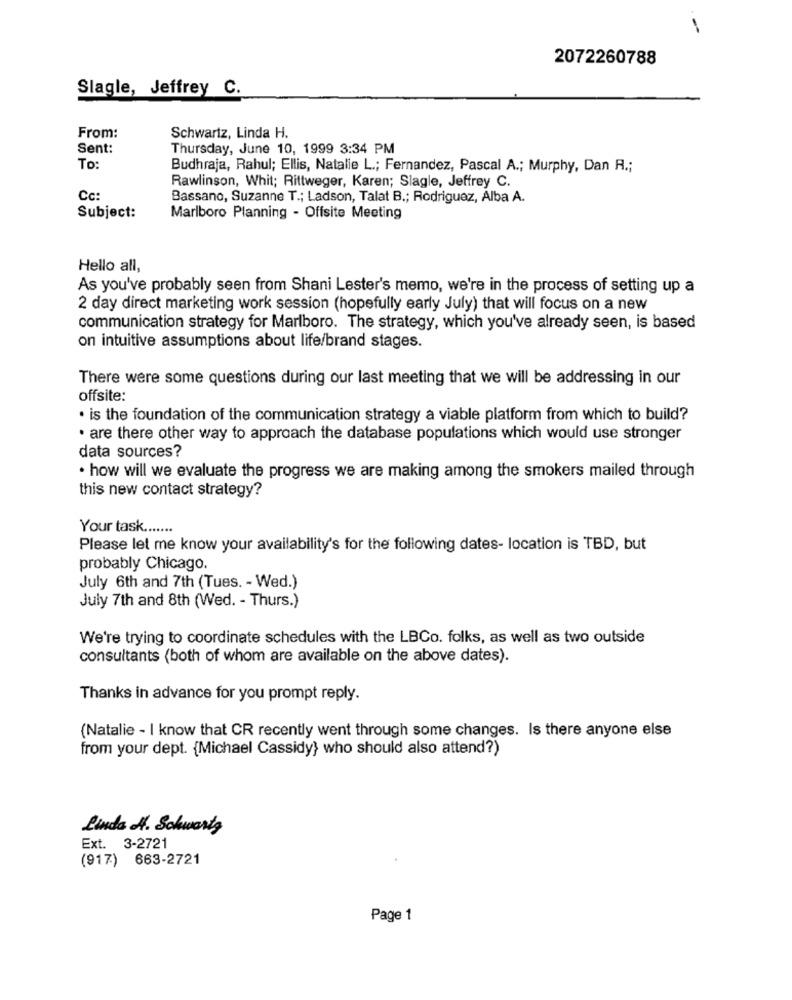
2072260788
Slagle, Jeffrey C.
From:
Schwartz, Linda H.
Sent:
Thursday, June 10, 1999 3:34 PM
To:
Budhraja, Rahul; Ellis, Natalie L .; Fernandez, Pascal A .; Murphy, Dan R .;
Rawlinson, Whit; Rittweger, Karen; Slagle, Jeffrey C.
Cc:
Bassano, Suzanne T .; Ladson, Talat B .; Rodriguez, Alba A.
Subject:
Marlboro Planning - Offsite Meeting
Hello all,
As you've probably seen from Shani Lester's memo, we're in the process of setting up a
2 day direct marketing work session (hopefully early July) that will focus on a new
communication strategy for Marlboro. The strategy, which you've already seen, is based
on intuitive assumptions about life/brand stages.
There were some questions during our last meeting that we will be addressing in our
offsite:
· is the foundation of the communication strategy a viable platform from which to build?
· are there other way to approach the database populations which would use stronger
data sources?
· how will we evaluate the progress we are making among the smokers mailed through
this new contact strategy?
Your task .......
Please let me know your availability's for the following dates- location is TBD, but
probably Chicago.
July 6th and 7th (Tues. - Wed.)
July 7th and 8th (Wed. - Thurs.)
We're trying to coordinate schedules with the LBCo. folks, as well as two outside
consultants (both of whom are available on the above dates).
Thanks in advance for you prompt reply.
(Natalie - I know that CR recently went through some changes. Is there anyone else
from your dept. {Michael Cassidy} who should also attend?)
Linda H. Schwarty
Ext. 3-2721
(917) 663-2721
Page 1